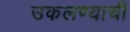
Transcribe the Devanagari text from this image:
उकलण्याची